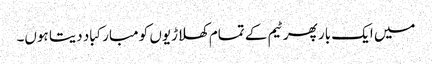
میں ایک بار پھر ٹیم کے تمام کھلاڑیوں کو مبارکباد دیتا ہوں۔